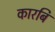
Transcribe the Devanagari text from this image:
कारबि